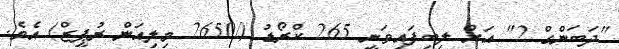
"ދަބަންގް 2" އަށް ލިބިފައިވަނީ 265 ކްރޯޑު (/2650 މިލިއަން ރުޕީޒް) އެވެ.